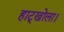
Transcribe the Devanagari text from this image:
हाट्खोला।